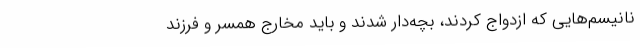
نانیسم‌هایی که ازدواج کردند، بچه‌دار شدند و باید مخارج همسر و فرزند